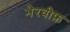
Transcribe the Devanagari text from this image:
भैरवीफ़